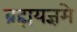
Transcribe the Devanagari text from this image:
ब्रह्मयज्ञमे